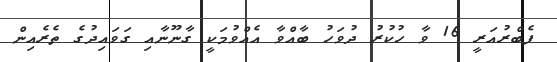
ފެބްރުއަރީ 16 ވާ ހުކުރު ދުވަހު ބާއްވާ އެއްވުމަކީ ގާނޫނާއި ގަވައިދުގެ ތެރެއިން